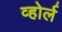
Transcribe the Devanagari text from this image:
व्होर्ल